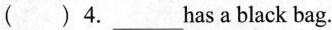
( ) 4.___has a black bag.